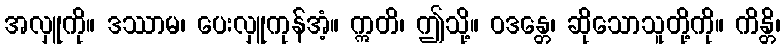
အလှူကို။ ဒဿာမ၊ ပေးလှူကုန်အံ့။ ဣတိ၊ ဤသို့။ ဝဒန္တေ၊ ဆိုသောသူတို့ကို။ ကိန္တိ၊